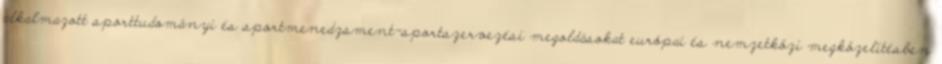
alkalmazott sporttudományi és sportmenedzsment-sportszervezési megoldásokat európai és nemzetközi megközelítésben